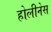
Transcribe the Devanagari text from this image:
होलीनेस